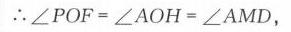
\(\therefore\angle POF = \angle AOH=\angle AMD,\)